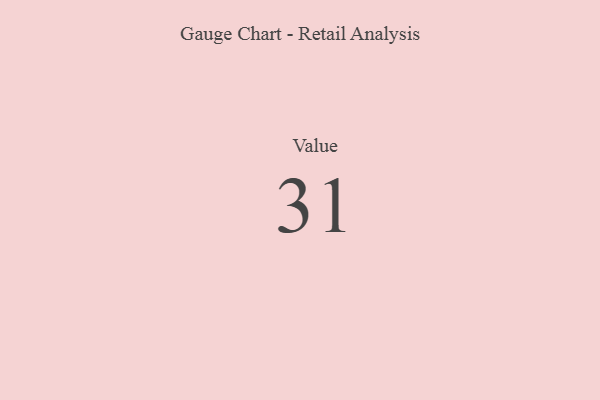
{"axis": {"x": "Metric", "y": "Value"}, "legend": [""], "data": [{"x": "Value", "y": 31, "type": ""}]}